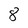
Character: 8